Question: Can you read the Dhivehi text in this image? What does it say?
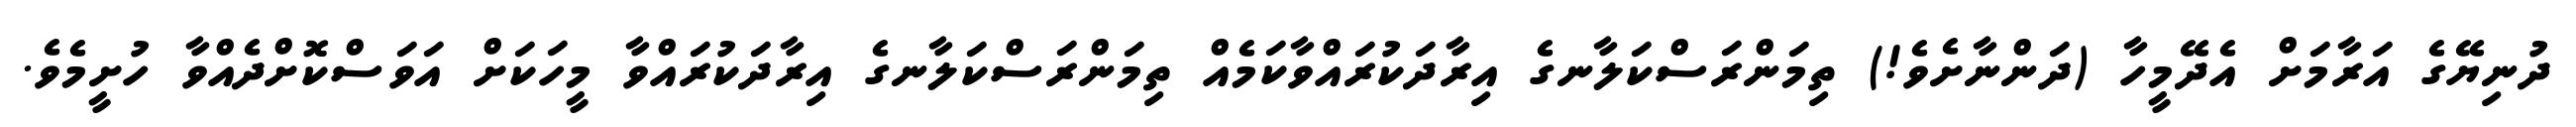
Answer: ދުނިޔޭގެ އަރާމަށް އެދޭމީހާ (ދަންނާށެވެ!) ތިމަންރަސްކަލާނގެ އިރާދަކުރައްވާކަމެއް ތިމަންރަސްކަލާނގެ އިރާދަކުރައްވާ މީހަކަށް އަވަސްކޮށްދެއްވާ ހުށީމެވެ.